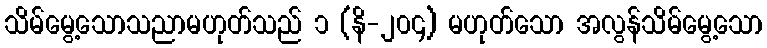
သိမ်မွေ့သောသညာမဟုတ်သည် ၁ (နိ-၂၀၄) မဟုတ်သော အလွန်သိမ်မွေ့သော